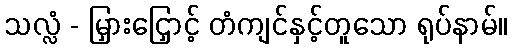
သလ္လံ - မြှားငြှောင့် တံကျင်နှင့်တူသော ရုပ်နာမ်။